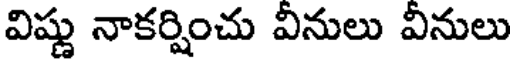
విష్ణు నాకర్షించు వీనులు వీనులు